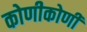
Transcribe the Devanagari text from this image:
कोणीकोणी